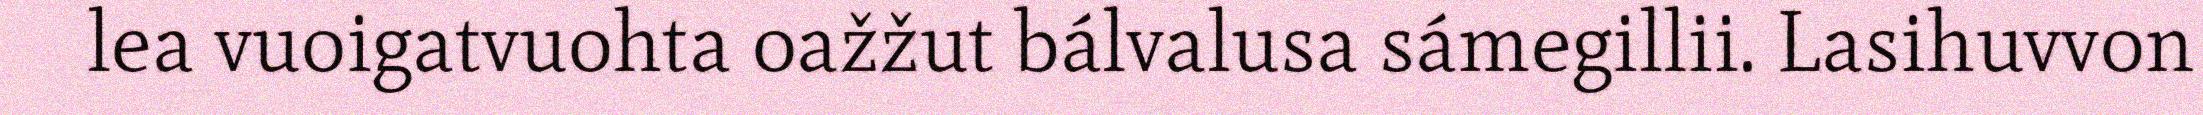
lea vuoigatvuohta oažžut bálvalusa sámegillii. Lasihuvvon